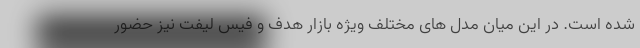
شده است. در این میان مدل های مختلف ویژه بازار هدف و فیس لیفت نیز حضور